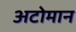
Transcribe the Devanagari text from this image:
अटोमान